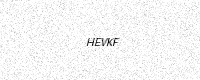
Text: HEVKF